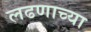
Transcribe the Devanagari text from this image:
लढणाच्या